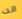
انت